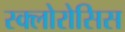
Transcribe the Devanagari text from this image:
स्क्लोरोसिस